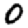
Digit: 0